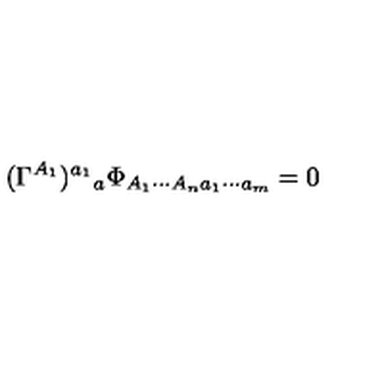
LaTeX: ( \Gamma ^ { A _ { 1 } } ) ^ { a _ { 1 } } { } _ { a } \Phi _ { A _ { 1 } \cdots A _ { n } a _ { 1 } \cdots a _ { m } } = 0